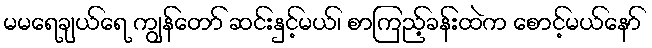
မမရေချယ်ရေ ကျွန်တော် ဆင်းနှင့်မယ်၊ စာကြည့်ခန်းထဲက စောင့်မယ်နော်